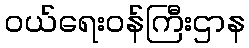
ဝယ်ရေးဝန်ကြီးဌာန